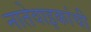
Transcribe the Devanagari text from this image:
नातेवाइकांची